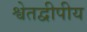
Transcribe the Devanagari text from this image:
श्वेतद्वीपीय